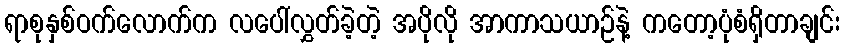
ရာစုနှစ်ဝက်လောက်က လပေါ်လွှတ်ခဲ့တဲ့ အပိုလို အာကာသယာဉ်နဲ့ ကတော့ပုံစံရှိတာချင်း